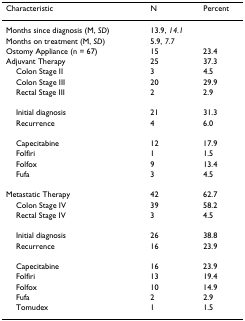
<table><thead><tr><td><b>Characteristic</b></td><td><b>N</b></td><td><b>Percent</b></td></tr></thead><tbody><tr><td>Months since diagnosis (M, <i>SD</i>)</td><td>13.9, <i>14.1</i></td><td>[EMPTY_CELL]</td></tr><tr><td>Months on treatment (M, <i>SD</i>)</td><td>5.9, <i>7.7</i></td><td>[EMPTY_CELL]</td></tr><tr><td>Ostomy Appliance (n = 67)</td><td>15</td><td>23.4</td></tr><tr><td>Adjuvant Therapy</td><td>25</td><td>37.3</td></tr><tr><td> Colon Stage II</td><td>3</td><td>4.5</td></tr><tr><td> Colon Stage III</td><td>20</td><td>29.9</td></tr><tr><td> Rectal Stage III</td><td>2</td><td>2.9</td></tr><tr><td> Initial diagnosis</td><td>21</td><td>31.3</td></tr><tr><td> Recurrence</td><td>4</td><td>6.0</td></tr><tr><td> Capecitabine</td><td>12</td><td>17.9</td></tr><tr><td> Folfiri</td><td>1</td><td>1.5</td></tr><tr><td> Folfox</td><td>9</td><td>13.4</td></tr><tr><td> Fufa</td><td>3</td><td>4.5</td></tr><tr><td>Metastatic Therapy</td><td>42</td><td>62.7</td></tr><tr><td> Colon Stage IV</td><td>39</td><td>58.2</td></tr><tr><td> Rectal Stage IV</td><td>3</td><td>4.5</td></tr><tr><td> Initial diagnosis</td><td>26</td><td>38.8</td></tr><tr><td> Recurrence</td><td>16</td><td>23.9</td></tr><tr><td> Capecitabine</td><td>16</td><td>23.9</td></tr><tr><td> Folfiri</td><td>13</td><td>19.4</td></tr><tr><td> Folfox</td><td>10</td><td>14.9</td></tr><tr><td> Fufa</td><td>2</td><td>2.9</td></tr><tr><td> Tomudex</td><td>1</td><td>1.5</td></tr></tbody></table>